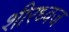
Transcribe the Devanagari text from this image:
शीरध्वज